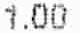
1.00